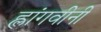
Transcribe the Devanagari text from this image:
ह्लांगवीनी